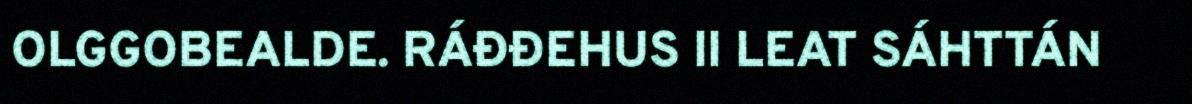
OLGGOBEALDE. RÁĐĐEHUS II LEAT SÁHTTÁN